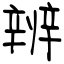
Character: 辨